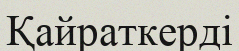
Қайраткерді